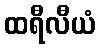
ထရီလီယံ